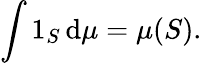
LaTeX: \int1_{S}\, \mathrm{d}\mu=\mu(S).